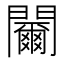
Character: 䦵